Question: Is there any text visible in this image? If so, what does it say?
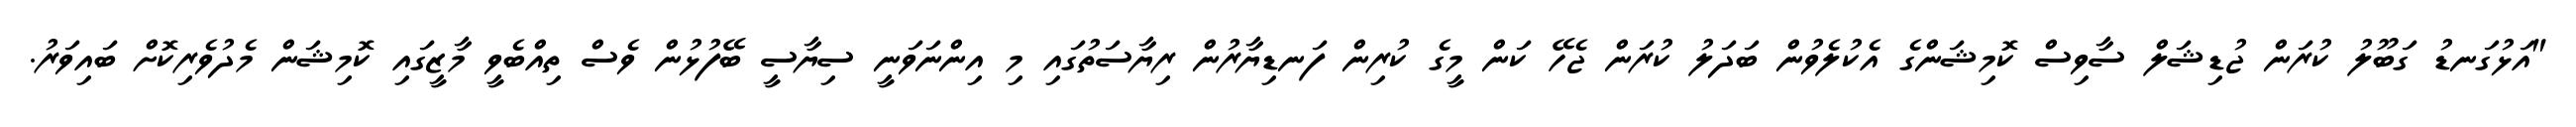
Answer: "އަޅުގަނޑު ގަބޫލު ކުރަން ޖުޑިޝަލް ސާވިސް ކޮމިޝަންގެ އެކުލެވުން ބަދަލު ކުރަން ޖެހޭ ކަން މީގެ ކުރިން ފަނޑިޔާރުން ރިޔާސަތުގައި މި އިންނަވަނީ ސިޔާސީ ބޭފުޅުން ވެސް ތިއްބެވީ މާޒީގައި ކޮމިޝަން މެދުވެރިކޮށް ބައިވަރު.